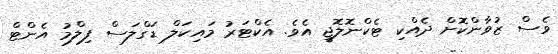
ވެސް ޒުވާންކޮށް ދެއްކި ޓެކްނޮލޮޖީ އެވެ. އެކްޓަރު މައިކަލް ޑަގްލަސް ފިލްމު އެންޓް